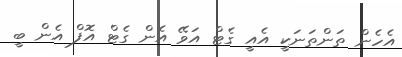
އެހެން ތަންތަނަކީ އެއީ ގެޓް އަވޭ އެން ގެޓް އޮފް އެން ބީ